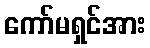
ကော်မရှင်အား